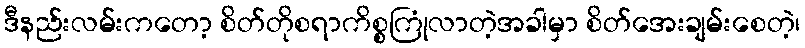
ဒီနည်းလမ်းကတော့ စိတ်တိုစရာကိစ္စကြုံလာတဲ့အခါမှာ စိတ်အေးချမ်းစေတဲ့၊